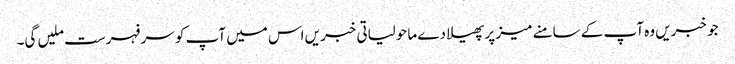
جو خبریں وہ آپ کے سامنے میز پر پھیلا دے ماحولیاتی خبریں اس میں آپ کو سر فہرست ملیں گی۔